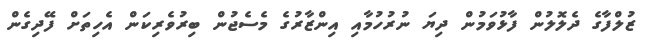
ޒުލްފާގެ ދެލޮލުން ފާޅުވަމުން ދިޔަ ނުރުހުމާއި އިންޒާރުގެ މެސެޖުން ބިރުވެރިކަން އެހިތަށް ފޭދިގެން